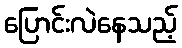
ပြောင်းလဲနေသည့်